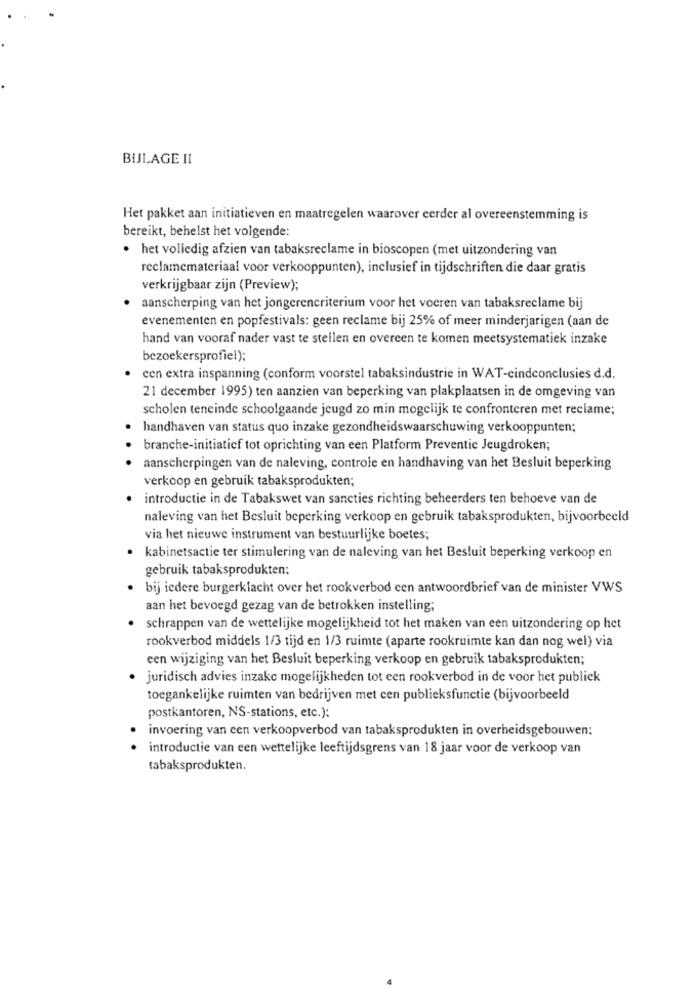
BIJLAGE II
Het pakket aan initiatieven en maatregelen waarover eerder al overeenstemming is
bereikt, behelst het volgende:
· het volledig afzien van tabaksreclame in bioscopen (met uitzondering van
reclamemateriaal voor verkooppunten), inclusief in tijdschriften die daar gratis
verkrijgbaar zijn (Preview);
aanscherping van het jongerencriterium voor het voeren van tabaksreclame bij
evenementen en popfestivals: geen reclame bij 25% of meer minderjarigen (aan de
hand van vooraf nader vast te stellen en overeen te komen meetsystematiek inzake
bezoekersprofiel);
cen extra inspanning (conform voorstel tabaksindustrie in WAT-cindconclusies d.d.
21 december 1995) ten aanzien van beperking van plakplaatsen in de omgeving van
scholen teneinde schoolgaande jeugd zo min mogelijk te confronteren met reclame;
handhaven van status quo inzake gezondheidswaarschuwing verkooppunten;
branche-initiatief tot oprichting van een Platform Preventie Jeugdroken;
aanscherpingen van de naleving, controle en handhaving van het Besluit beperking
verkoop en gebruik tabaksprodukten;
introductie in de Tabakswet van sancties richting beheerders ten behoeve van de
naleving van het Besluit beperking verkoop en gebruik tabaksprodukten, bijvoorbeeld
via het nieuwe instrument van bestuurlijke boetes;
· kabinetsactie ter stimulering van de naleving van het Besluit beperking verkoop en
gebruik tabaksprodukten;
bij iedere burgerklacht over het rookverbod cen antwoordbrief van de minister VWS
aan het bevoegd gezag van de betrokken instelling;
· schrappen van de wettelijke mogelijkheid tot het maken van een uitzondering op het
rookverbod middels 1/3 tijd en 1/3 ruimte (aparte rookruimte kan dan nog wel) via
een wijziging van het Besluit beperking verkoop en gebruik tabaksprodukten;
juridisch advies inzake mogelijkheden tot een rookverbod in de voor het publiek
toegankelijke ruimten van bedrijven met cen publieksfunctie (bijvoorbeeld
postkantoren, NS-stations, etc.):
invoering van een verkoopverbod van tabaksprodukten in overheidsgebouwen:
introductie van een wettelijke leeftijdsgrens van 18 jaar voor de verkoop van
tabaksprodukten.